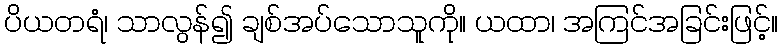
ပိယတရံ၊ သာလွန်၍ ချစ်အပ်သောသူကို။ ယထာ၊ အကြင်အခြင်းဖြင့်။